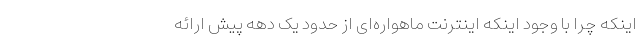
اینکه چرا با وجود اینکه اینترنت ماهواره‌ای از حدود یک دهه پیش ارائه